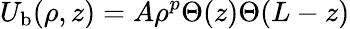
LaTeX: U_{\mathrm{b}}(\rho,z)=A\rho^{p}\Theta(z)\Theta(L-z)